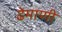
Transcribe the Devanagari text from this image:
ढेमाणी